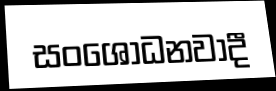
සංශෝධනවාදී